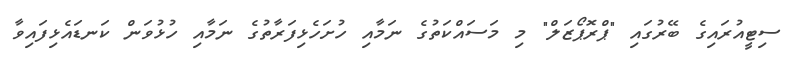
ސިޓީއުރައިގެ ބޭރުގައި "ޕްރޮޕޯޒަލް" މި މަސައްކަތުގެ ނަމާއި ހުށަހެޅިފަރާތުގެ ނަމާއި ހުޅުވަން ކަނޑައެޅިފައިވާ